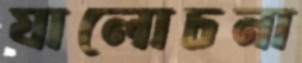
যালোচনা